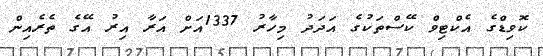
ކޮވިޑްގެ އެކްޓިވް ކޭސްތަކުގެ އަދަދު މިހާރު 1337އަށް އަރާ އިރު އޭގެ ތެރެއިން